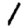
Digit: 1